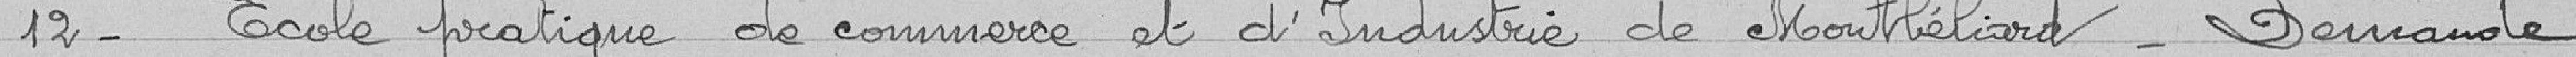
12 - Ecole pratique de commerce et d'industrie de Montbéliard. Demande